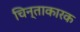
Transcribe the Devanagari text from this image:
चिन्ताकारक